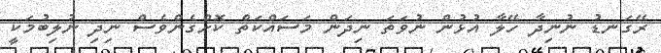
ރޭގަނޑު ނުނިދާ ހޭލާ އުޅުން ނުވަތަ ނިދަން މަސައްކަތް ކޮށްގެންވެސް ނިދި ނުލިބުމަކީ